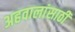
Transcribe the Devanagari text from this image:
अहवालांसाठी